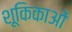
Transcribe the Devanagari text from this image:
शूकिकाओं